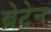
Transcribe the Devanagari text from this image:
ब्रेटेन